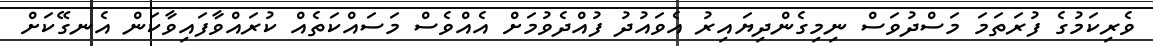
ވެރިކަމުގެ ފުރަތަމަ މަސްދުވަސް ނިމިގެންދިޔައިރު އެވައުދު ފުއްދެވުމަށް އެއްވެސް މަސައްކަތެއް ކުރައްވާފައިވާކަން އެނގޭކަށް